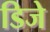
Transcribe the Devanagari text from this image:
डिजे